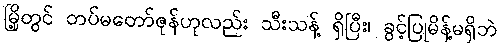
မြို့တွင် တပ်မတော်ဇုန်ဟုလည်း သီးသန့် ရှိပြီး၊ ခွင့်ပြုမိန့်မရှိဘဲ